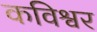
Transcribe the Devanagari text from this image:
कविश्वर